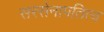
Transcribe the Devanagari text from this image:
सरसेनापतित्व